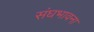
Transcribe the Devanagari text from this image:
संघभावना